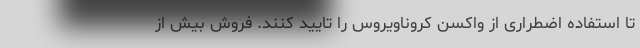
تا استفاده اضطراری از واکسن کروناویروس را تایید کنند. فروش بیش از